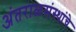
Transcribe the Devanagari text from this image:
अंतराळसंस्थांचे